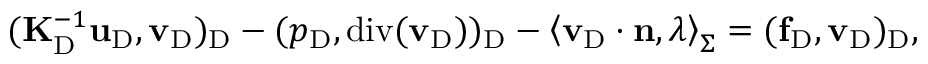
( \mathbf { K } _ { \mathrm { D } } ^ { - 1 } \mathbf { u } _ { \mathrm { D } } , { \mathbf { v } } _ { \mathrm { D } } ) _ { \mathrm { D } } - ( p _ { \mathrm { D } } , \mathrm { d i v } ( { \mathbf { v } } _ { \mathrm { D } } ) ) _ { \mathrm { D } } - \left< { \mathbf { v } } _ { \mathrm { D } } \cdot { \mathbf { n } } , \lambda \right> _ { \Sigma } = ( \mathbf { f } _ { \mathrm { D } } , { \mathbf { v } } _ { \mathrm { D } } ) _ { \mathrm { D } } ,